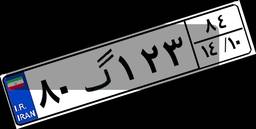
۸۰گ۱۲۳۸۴